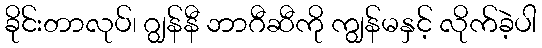
ခိုင်းတာလုပ်၊ ဂျွန်နီ ဘာဂီဆီကို ကျွန်မနှင့် လိုက်ခဲ့ပါ